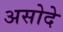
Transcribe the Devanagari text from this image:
असोदे